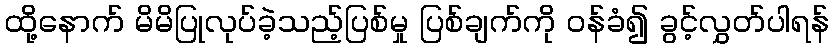
ထို့နောက် မိမိပြုလုပ်ခဲ့သည့်ပြစ်မှု ပြစ်ချက်ကို ဝန်ခံ၍ ခွင့်လွှတ်ပါရန်